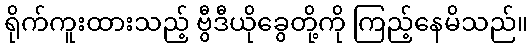
ရိုက်ကူးထားသည့် ဗွီဒီယိုခွေတို့ကို ကြည့်နေမိသည်။